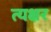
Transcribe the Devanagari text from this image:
त्यक्षर